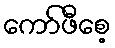
ကော်ဖီစေ့